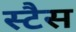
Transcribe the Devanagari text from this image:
स्टैस